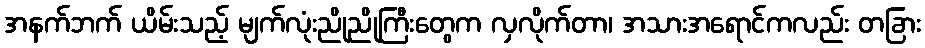
အနက်ဘက် ယိမ်းသည့် မျက်လုံးညိုညိုကြီးတွေက လှလိုက်တာ၊ အသားအရောင်ကလည်း တခြား